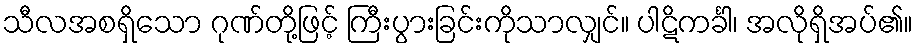
သီလအစရှိသော ဂုဏ်တို့ဖြင့် ကြီးပွားခြင်းကိုသာလျှင်။ ပါဋိကင်္ခါ၊ အလိုရှိအပ်၏။